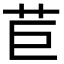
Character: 苣